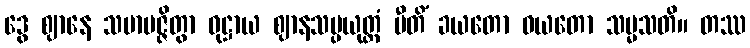
ဒွေ ဈာနေ သမာပဇ္ဇိတွာ ဝုဋ္ဌာယ ဈာနသမ္ပယုတ္တံ ပီတိံ ခယတော ဝယတော သမ္မသတိ။ တဿ